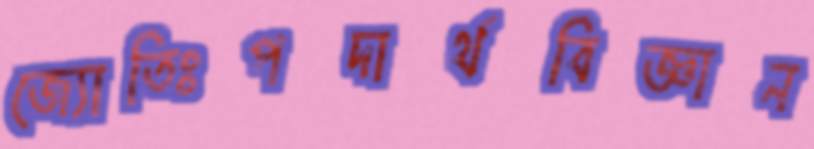
জ্যোতিঃপদার্থবিজ্ঞান